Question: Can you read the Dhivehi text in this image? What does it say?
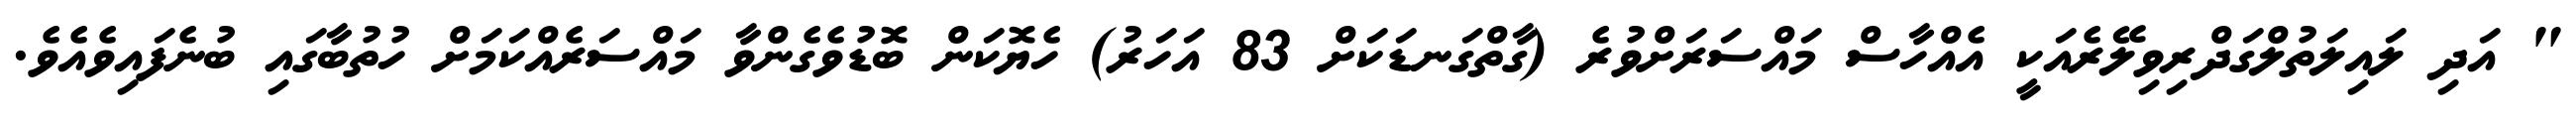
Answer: " އަދި ލައިލަތުލްގަދްރިވިލޭރެއަކީ އެއްހާސް މައްސަރަށްވުރެ (ގާތްގަނޑަކަށް 83 އަހަރު) ހެޔޮކަން ބޮޑުވެގެންވާ މައްސަރެއްކަމަށް ހުތުބާގައި ބުނެފައިވެއެވެ.